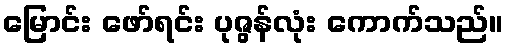
မြောင်း ဖော်ရင်း ပုဇွန်လုံး ကောက်သည်။